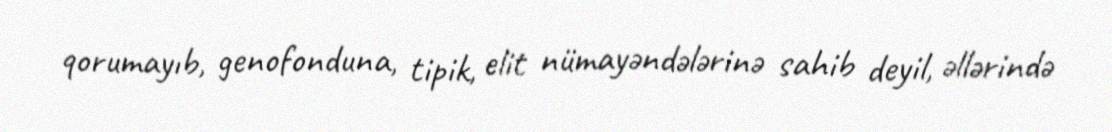
qorumayıb, genofonduna, tipik, elit nümayəndələrinə sahib deyil, əllərində